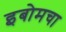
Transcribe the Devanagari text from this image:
इबोमचा